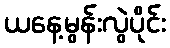
ယနေ့မွန်းလွဲပိုင်း